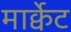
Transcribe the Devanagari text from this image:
मार्क्वेट